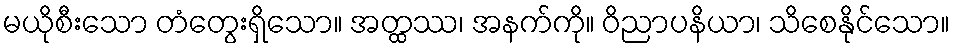
မယိုစီးသော တံတွေးရှိသော။ အတ္ထဿ၊ အနက်ကို။ ဝိညာပနိယာ၊ သိစေနိုင်သော။